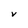
Character: V